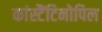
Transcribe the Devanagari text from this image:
कांस्टैंटिनोपिल